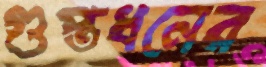
গুপ্তধনের